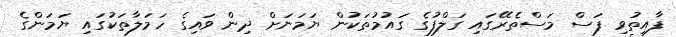
ފާއިތުވި ފަސް މަސްތެރޭގައި ގަލްފުގެ ގައުމުތަކުން ޔަމަނަށް ދިން ވައިގެ ހަމަލާތަކުގައި ޔަމަންގެ